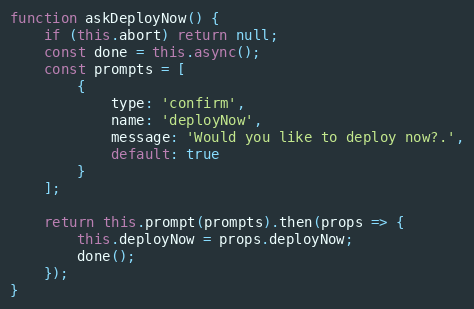
Language: JavaScript
function askDeployNow() {
    if (this.abort) return null;
    const done = this.async();
    const prompts = [
        {
            type: 'confirm',
            name: 'deployNow',
            message: 'Would you like to deploy now?.',
            default: true
        }
    ];

    return this.prompt(prompts).then(props => {
        this.deployNow = props.deployNow;
        done();
    });
}